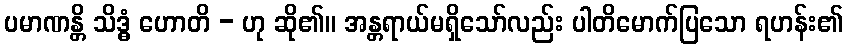
ပမာဏန္တိ သိဒ္ဓံ ဟောတိ - ဟု ဆို၏။ အန္တရာယ်မရှိသော်လည်း ပါတိမောက်ပြသော ရဟန်း၏